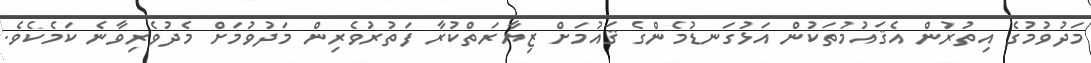
މަދުވުމުގެ އިތުރުން އެޤައުމުތަކުން އަޅުގަނޑުމެންގެ ޤައުމަށް ޒިޔާރަތްކުރާ ފަތުރުވެރިން މަދުވުމަށް މެދުވެރިވާނެ ކަމެކެވެ.